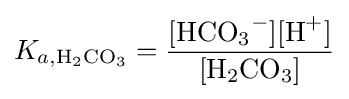
K_{a,{\ce {H_2CO_3}}}={\frac {[{\ce {HCO_3^-}}][{\ce {H^+}}]}{[{\ce {H_2CO_3}}]}}